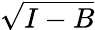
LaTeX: \sqrt{I-B}